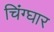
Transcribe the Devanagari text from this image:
चिंग्घार